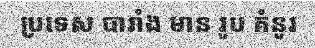
ប្រទេស បារាំង មាន រូប គំនូរ